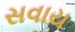
સવાય